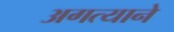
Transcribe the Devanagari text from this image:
अगत्याने